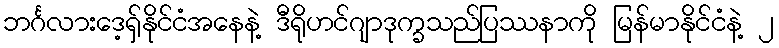
ဘင်္ဂလားဒေ့ရှ်နိုင်ငံအနေနဲ့ ဒီရိုဟင်ဂျာဒုက္ခသည်ပြဿနာကို မြန်မာနိုင်ငံနဲ့ ၂